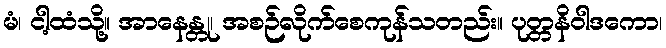
မံ၊ ငါ့ထံသို့။ အာနေန္တု၊ အစဉ်လိုက်စေကုန်သတည်း။ ပုတ္တနိဝါဒကော၊